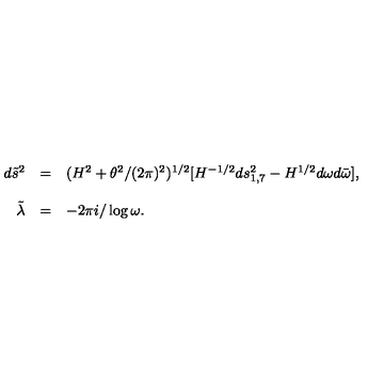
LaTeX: \begin{array} { r c l } { d { \tilde { s } } ^ { 2 } } & { = } & { ( H ^ { 2 } + \theta ^ { 2 } / ( 2 \pi ) ^ { 2 } ) ^ { 1 / 2 } [ H ^ { - 1 / 2 } d s _ { 1 , 7 } ^ { 2 } - H ^ { 1 / 2 } d \omega d { \bar { \omega } } ] , } \\ { } & { } & { } \\ { { \tilde { \lambda } } } & { = } & { - 2 \pi i / \log { \omega } . } \\ \end{array}